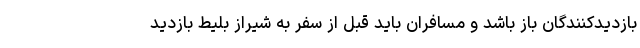
بازدیدکنندگان باز باشد و مسافران باید قبل از سفر به شیراز بلیط بازدید